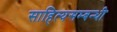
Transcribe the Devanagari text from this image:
साहित्यसम्बन्धी